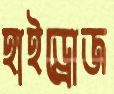
হাইড্রোজ